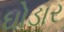
ઘોડાર